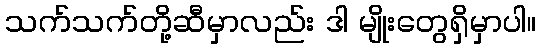
သက်သက်တို့ဆီမှာလည်း ဒါ မျိုးတွေရှိမှာပါ။